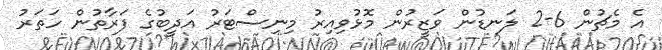
އެ މެޗުން 6-2 ލަނޑުން ވަޒީރުން މޮޅުވިއިރު މިނިސްޓަރު އަދީބުގެ ފަރާތުން ހަތަރު